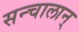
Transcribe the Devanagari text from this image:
सन्चालान्